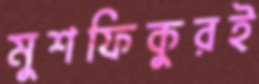
মুশফিকুরই